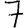
Digit: 7